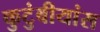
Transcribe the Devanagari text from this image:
कुटुंबीयांस